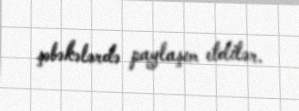
şəbəkələrdə paylaşım etdilər.